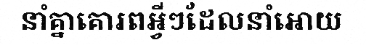
នាំគ្នាគោរពអ្វីៗដែលនាំអោយ